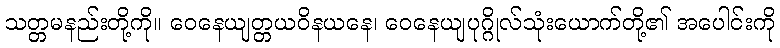
သတ္တမနည်းတို့ကို။ ဝေနေယျတ္တယဝိနယနေ၊ ဝေနေယျပုဂ္ဂိုလ်သုံးယောက်တို့၏ အပေါင်းကို